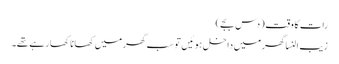
رات کا وقت (دس بجے)
زیب النسا گھر میں داخل ہوئیں تو سب گھر میں کھانا کھا رہے تھے۔